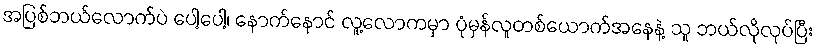
အပြစ်ဘယ်လောက်ပဲ ပေါ့ပေါ့၊ နောက်နောင် လူ့လောကမှာ ပုံမှန်လူတစ်ယောက်အနေနဲ့ သူ ဘယ်လိုလုပ်ပြီး